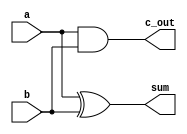
module half_adder(a,b, c_out, sum);
output sum;
output c_out;
input a,b;

xor(sum, a, b);
and (c_out, a, b);
endmodule

module full_adder(a, b, c_in, sum, c_out);
output sum;
output c_out;

input a, b;
input c_in;

wire w0, w1, w2;

half_adder M0(a, b, w1, w0);
half_adder M1(c_in, w0, w2, sum);
or (c_out, w1, w2);
endmodule


module CLA_4bit_module(a, b, s, c_in, c_out);
input [3:0] a, b;
input c_in;
output c_out;
output [3:0] s;

wire [3:0] P,G;
wire w0, w1, w2, w3, w4, w5, w6, w7;
wire c0, c1, c2;

full_adder m0(a[0], b[0], c_in,  s[0], c0); 
full_adder m1(a[1], b[1], c0, s[1], c1);
full_adder m2(a[2], b[2], c1, s[2], c2);
full_adder m3(a[3], b[3], c2, s[3]);

and (G[3], a[3], b[3]);
and (G[2], a[2], b[2]);
and (G[1], a[1], b[1]);
and (G[0], a[0], b[0]); 
or (P[3], a[3], b[3]);
or (P[2], a[2], b[2]);
or (P[1], a[1], b[1]);
or (P[0], a[0], b[0]);

and (w0, G[0], P[1]);
or (w1, w0, G[1]);
and (w2, w1, P[2]);
or (w3, w2, G[3]);
and (w4, w3, P[3]);
or (w5, w4, G[3]);

and (w6, P[0], P[1], P[2], P[3]);
and (w7, c_in, w6);

or (c_out, w7, w5);
endmodule


module adder_CLA(a, b, c_in, s, c_out);
input [15:0] a, b;
input c_in;
output [15:0] s;
output c_out;

wire c3, c7, c11;

CLA_4bit_module u0(a[3:0], b[3:0], s[3:0], c_in, c3);
CLA_4bit_module u1(a[7:4], b[7:4], s[7:4], c3, c7);
CLA_4bit_module u2(a[11:8], b[11:8], s[11:8], c7, c11);
CLA_4bit_module u3(a[15:12], b[15:12], s[15:12], c11, c_out);


endmodule